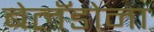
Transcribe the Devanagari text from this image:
बेलॅडोना